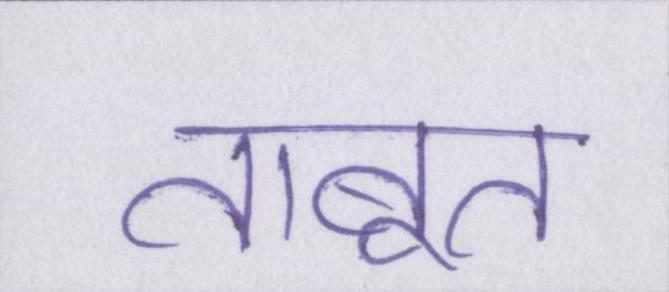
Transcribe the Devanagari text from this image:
ताबूत